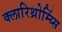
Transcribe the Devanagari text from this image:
क्लारिथ्रोम्य्सिं